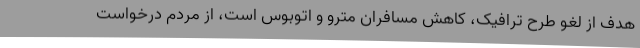
هدف از لغو طرح ترافیک، کاهش مسافران مترو و اتوبوس است، از مردم درخواست